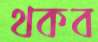
থকব